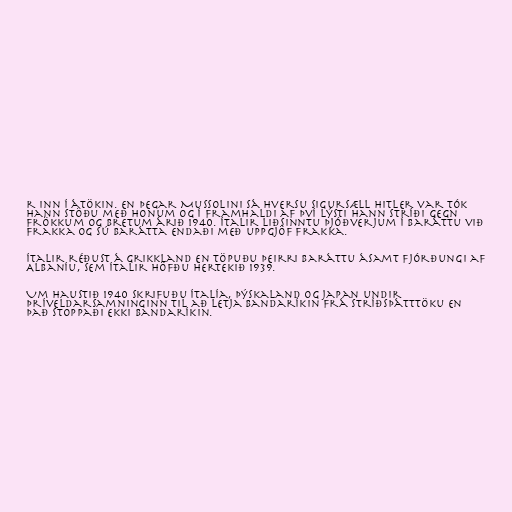
r inn í átökin. En þegar Mussolini sá hversu sigursæll Hitler var tók
hann stöðu með honum og í framhaldi af því lýsti hann stríði gegn
Frökkum og Bretum árið 1940. Ítalir liðsinntu Þjóðverjum í baráttu við
Frakka og sú barátta endaði með uppgjöf Frakka.

Ítalir réðust á Grikkland en töpuðu þeirri baráttu ásamt fjórðungi af
Albaníu, sem Ítalir höfðu hertekið 1939.

Um haustið 1940 skrifuðu Ítalía, Þýskaland og Japan undir
Þríveldarsamninginn til að letja Bandaríkin frá stríðsþátttöku en
það stoppaði ekki Bandaríkin.